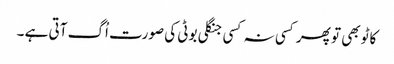
کاٹو بھی تو پھر کسی نہ کسی جنگلی بوٹی کی صورت اُگ آتی ہے ۔